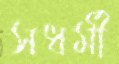
সধর্মী